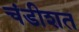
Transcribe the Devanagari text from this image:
चंडीशत